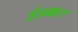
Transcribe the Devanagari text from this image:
इंडक्टर